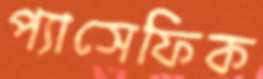
প্যাসেফিক